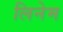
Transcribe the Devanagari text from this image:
लिनेम